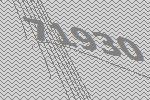
71930